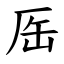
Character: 厒